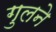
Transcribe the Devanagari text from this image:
गुलने